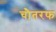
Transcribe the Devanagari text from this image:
चौतरफ